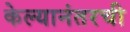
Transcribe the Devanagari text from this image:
केल्यानंतरची